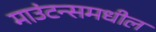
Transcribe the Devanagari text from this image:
माउंटन्समधील